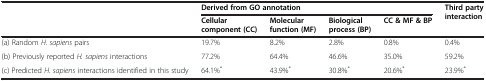
<table><thead><tr><td rowspan="2"></td><td colspan="4"><b>Derived from GO annotation</b></td><td rowspan="2"><b>Third party interaction</b></td></tr><tr><td><b>Cellular component (CC)</b></td><td><b>Molecular function (MF)</b></td><td><b>Biological process (BP)</b></td><td><b>CC &amp; MF &amp; BP</b></td></tr></thead><tbody><tr><td>(a) Random <i>H. sapiens</i> pairs</td><td>19.7%</td><td>8.2%</td><td>2.8%</td><td>0.8%</td><td>0.4%</td></tr><tr><td>(b) Previously reported <i>H. sapiens</i> interactions</td><td>77.2%</td><td>64.4%</td><td>46.6%</td><td>35.0%</td><td>59.2%</td></tr><tr><td>(c) Predicted <i>H. sapiens</i> interactions identified in this study</td><td>64.1%<sup>*</sup></td><td>43.9%<sup>*</sup></td><td>30.8%<sup>*</sup></td><td>20.6%<sup>*</sup></td><td>23.9%<sup>*</sup></td></tr></tbody></table>